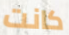
كانت